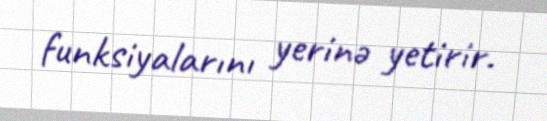
funksiyalarını yerinə yetirir.